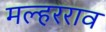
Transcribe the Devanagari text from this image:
मल्हरराव